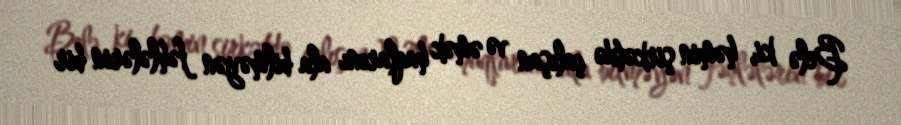
Belə ki, həmin şirkətdə çalışan və əmək haqlarını ala bilməyən fəhlələrin bir